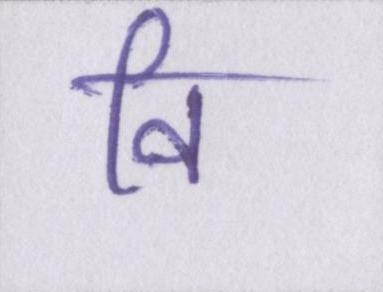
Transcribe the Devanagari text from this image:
वि